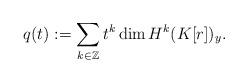
\begin{align*} q(t):=\sum_{k\in\mathbb{Z}} t^k\dim H^k(K[r])_y. \end{align*}